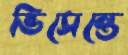
ভিসেন্তে